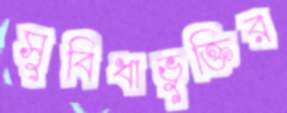
সুবিধাভুক্তির